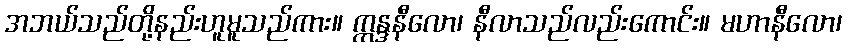
အဘယ်သည်တို့နည်းဟူမူသည်ကား။ ဣန္ဒနီလော၊ နီလာသည်လည်းကောင်း။ မဟာနီလော၊